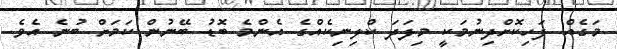
މަގެއް ފަހިކޮށްދިނުމަކީ މިފަދަ ކްލިނިކެއްގެ އެންމެ ބޮޑު ބޭނުން ކަމަށް ބުނެ އެވެ.